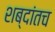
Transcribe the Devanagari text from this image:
शब्दांतच